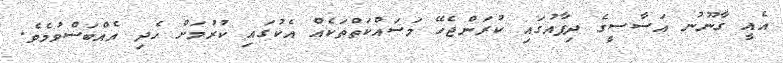
އެއީ ގާނޫނު އަސާސީގެ ދިފާއުގައި ކުރަންޖެހޭ މަސައްކަތްތަކެއް އެކުގައި ކުރުމަށް ހެދި އެއްބަސްވުމެވެ.